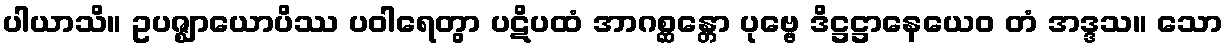
ပါယာသိ။ ဥပဇ္ဈာယောပိဿ ပဝါရေတွာ ပဋိပထံ အာဂစ္ဆန္တော ပုဗ္ဗေ ဒိဋ္ဌဋ္ဌာနေယေဝ တံ အဒ္ဒသ။ သော